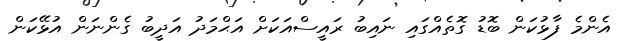
އެންމެ ފާޅުކަން ބޮޑު ގޮތެއްގައި ނައިބު ރައީސްއަކަށް އަޙްމަދު އަދީބު ގެންނަން އުޅޭކަން